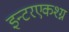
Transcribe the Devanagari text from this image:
इन्टरएकश्ग्न